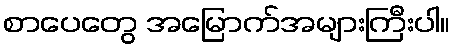
စာပေတွေ အမြောက်အများကြီးပါ။